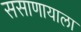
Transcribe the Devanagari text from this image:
ससाणायाला